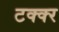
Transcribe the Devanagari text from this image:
टक्क्‍र